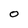
Character: O